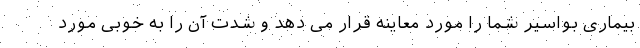
بیماری بواسیر شما را مورد معاینه قرار می دهد و شدت آن را به خوبی مورد